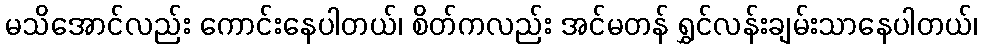
မသိအောင်လည်း ကောင်းနေပါတယ်၊ စိတ်ကလည်း အင်မတန် ရွှင်လန်းချမ်းသာနေပါတယ်၊